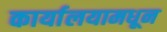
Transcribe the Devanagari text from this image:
कार्यालयामधून